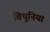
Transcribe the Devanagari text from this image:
विथुनिया